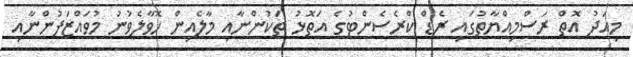
މިއަދު އޮތް ރަސްމިއްޔާތުގައި ރެޑް ކްރެސެންޓުގެ އަތޮޅު ތަކުންނާއި މާލެއިން ހޮވާލެވުނު މުވައްޒަފުންނާއި